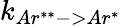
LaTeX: k_{Ar^{**}->Ar^{*}}